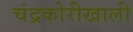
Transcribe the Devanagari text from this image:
चंद्रकोरीखाली